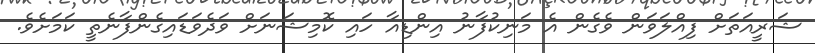
ޝަރީއަތަށް ފިއްލަވަން ވެގެން އެ މަނިކުފާނު އިންޑިއާ ހައި ކޮމިޝަނަށް ވަދެވަޑައިގެންފާނެތީ ކަމަށެވެ.